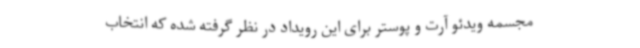
مجسمه ویدئو آرت و پوستر برای این رویداد در نظر گرفته شده که انتخاب